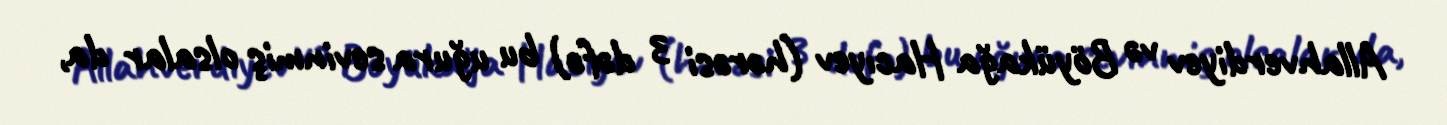
Allahverdiyev və Böyükağa Hacıyev (hərəsi 3 dəfə) bu uğura sevinmiş olsalar da,